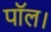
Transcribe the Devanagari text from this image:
पॉल।